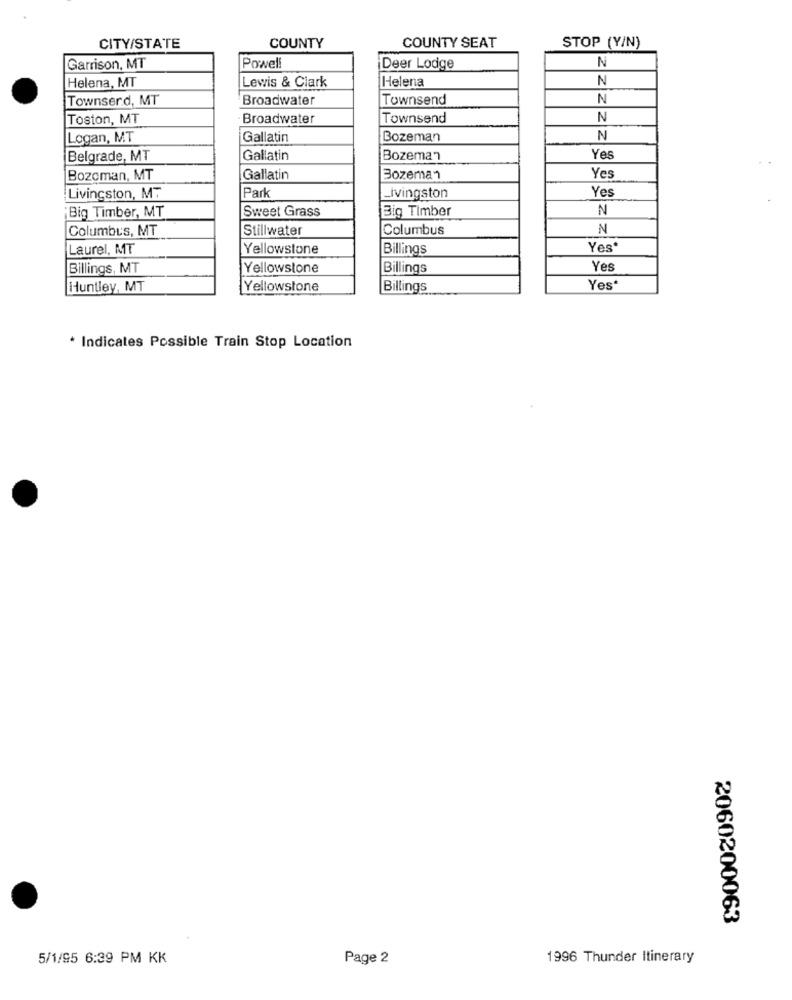
CITY/STATE
COUNTY
COUNTY SEAT
STOP (Y/N)
N
Garrison, MT
Powell
Deer Lodge
Helena, MT
Helena
N
Lewis & Clark
Townserd, MT
Broadwater
Townsend
N
Toston, MT
Broadwater
Townsend
N
Logan, MT
Gallatin
Bozeman
N
Yes
Belgrade, MT
Gallatin
Bozeman
Yes
Bozeman, MT
Gallatin
Bozeman
Yes
Livingston, MT
Park
Livingston
Big Timber, MT
Sweet Grass
Big Timber
N
Columbus, MT
Stillwater
Columbus
N
Laurel, MT
Yellowstone
Billings
Yes'
Billings, MT
Yellowstone
Billings
Yes
Huntley, MT
Yellowstone
Billings
Yes
* Indicates Possible Train Stop Location
2060200063
5/1/95 6:39 PM KK
Page 2
1996 Thunder Itinerary